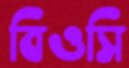
বিওসি